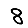
Digit: 8